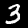
Label: 3